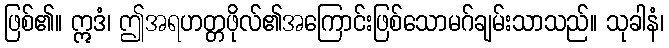
ဖြစ်၏။ ဣဒံ၊ ဤအရဟတ္တဖိုလ်၏အကြောင်းဖြစ်သောမဂ်ချမ်းသာသည်။ သုခါနံ၊